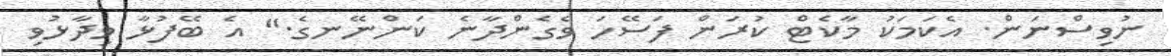
ނުވިސްނަން. އެކަމަކު މާކެޓް ކުރަން ފަސޭހަ ވެގެންދާނެ ކަންނޭނގެ." އެ ބޭފުޅާ ވިދާޅުވި